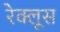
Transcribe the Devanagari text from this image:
रेक्लूस